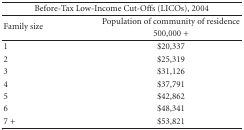
| <COLSPAN=2> Before-Tax Low-Income Cut-Offs (LICOs), 2004 |
 | --- | --- |
 | <ROWSPAN=2> Family size | Population of community of residence |
 | 500,000 + |
 | 1 | $20,337 |
 | 2 | $25,319 |
 | 3 | $31,126 |
 | 4 | $37,791 |
 | 5 | $42,862 |
 | 6 | $48,341 |
 | 7 + | $53,821 |